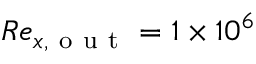
R e _ { x , \mathrm { ~ o ~ u ~ t ~ } } = 1 \times 1 0 ^ { 6 }